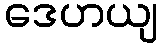
ဒေဟယျ